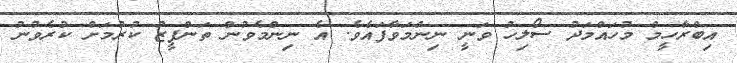
އިބްރާހީމް މުހައްމަދު ސޯލިހު ވަނީ ނިންމަވާފައެވެ. އެ ނިންމެވުން ތަންފީޒު ކުރުމަށް ކުރެވުނު